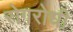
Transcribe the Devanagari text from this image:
रोगरोधी